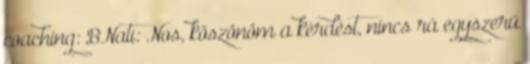
coaching: BNati: Nos, köszönöm a kérdést, nincs rá egyszerű